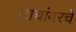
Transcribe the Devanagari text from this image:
टाचांवरचे